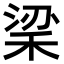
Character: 𥞹